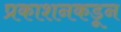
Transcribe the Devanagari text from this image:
प्रकाशनकडून